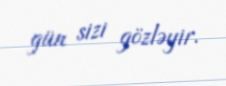
gün sizi gözləyir.